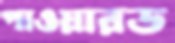
পাওয়ারড